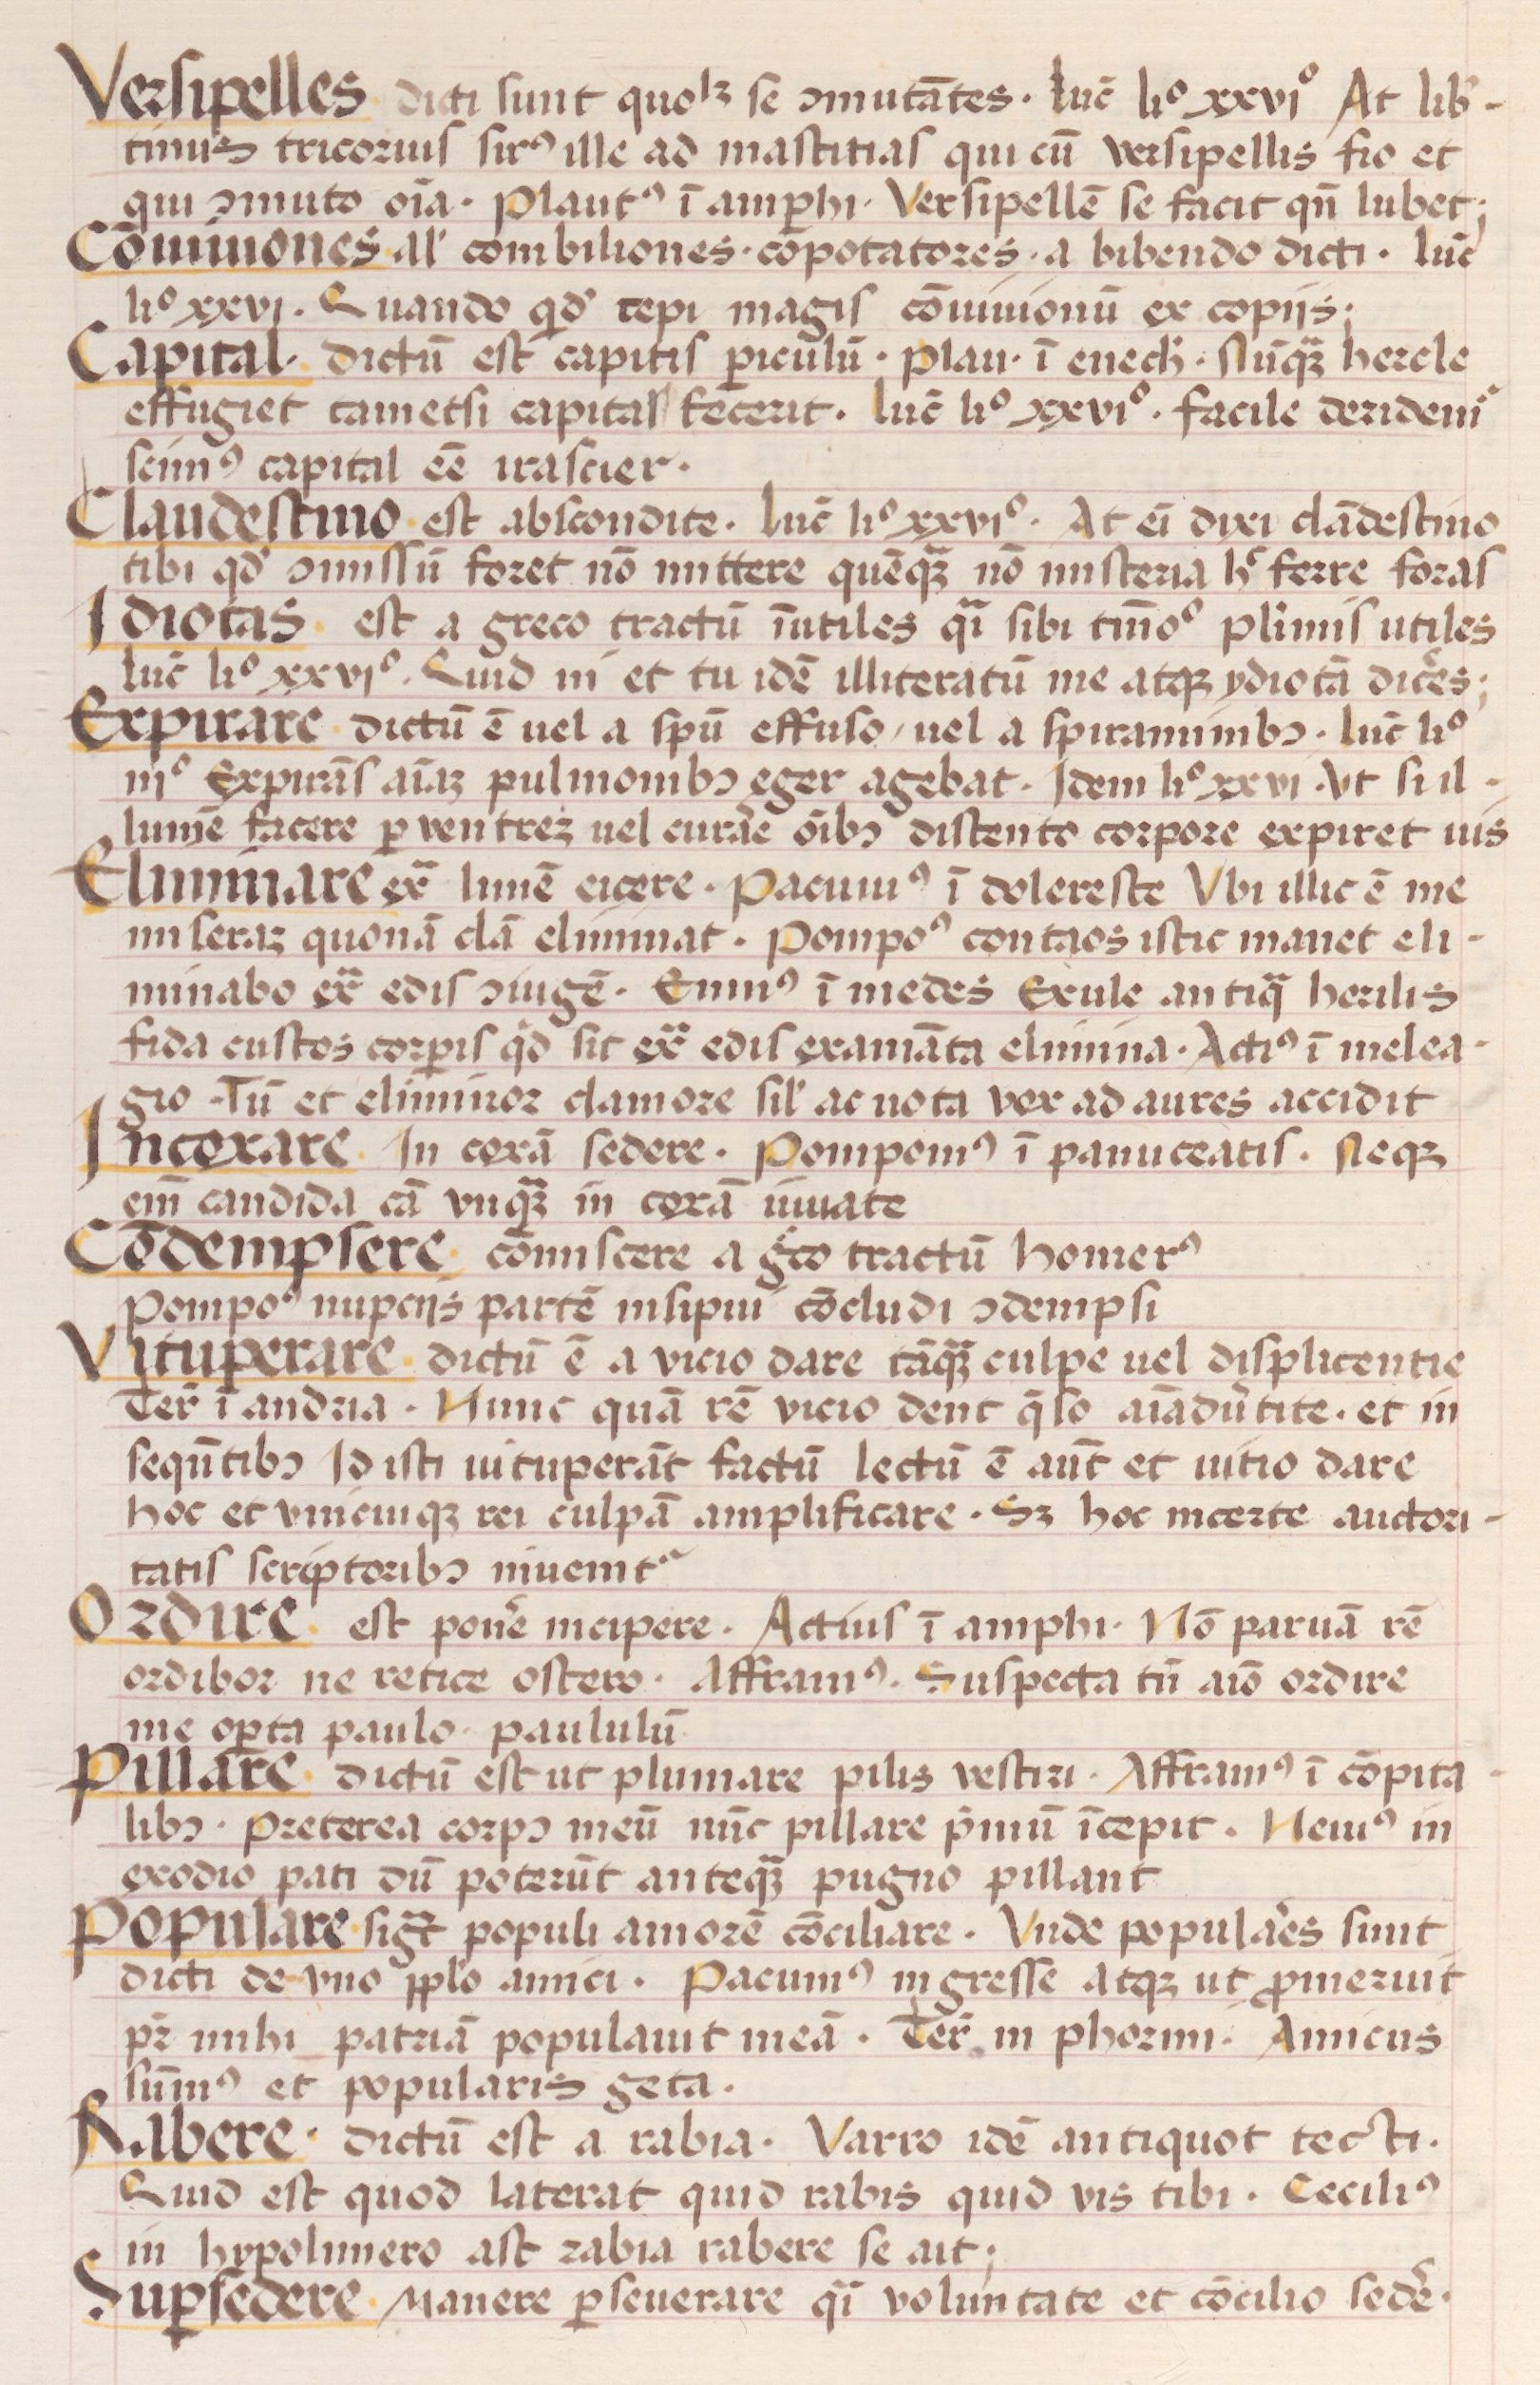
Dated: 1450–1474